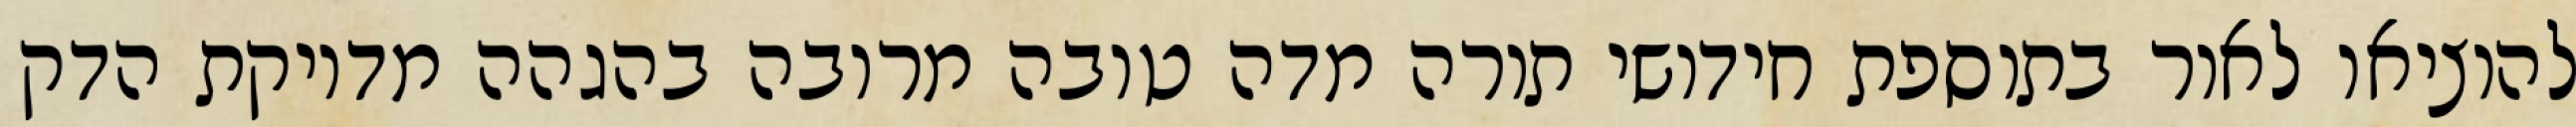
להוציאו לאור בתוספת חידושי תורה מדה טובה מרובה בהגהה מדויקת הדק